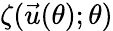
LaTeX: \zeta(\vec{u}(\theta);\theta)